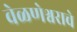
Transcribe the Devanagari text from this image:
वेळणेश्वराचे